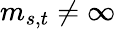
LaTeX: m_{s,t}\neq\infty